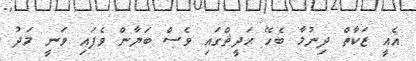
އެއީ ޒަކާތް ދިނުމާ ބެހޭ ޙަދީޘްގައި ވެސް ބަޔާން ވެފައި ވަނީ މަދު